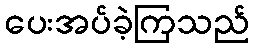
ပေးအပ်ခဲ့ကြသည်